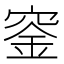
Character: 𥦨